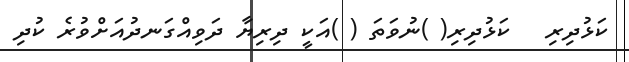
ކަޅުދިރި   ކަޅުދިރި( )ނުވަތަ ( )އަކީ ދިރިޔާ ދަވިއްގަނދުއަށްވުރެ ކުދި